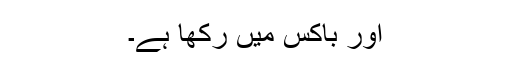
اور باکس میں رکھا ہے۔